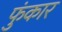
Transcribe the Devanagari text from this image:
फुंकार